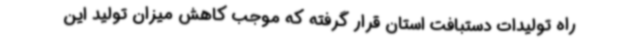
راه تولیدات دستبافت استان قرار گرفته که موجب کاهش میزان تولید این